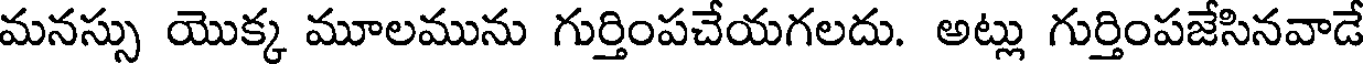
మనస్సు యొక్క మూలమును గుర్తింపచేయగలదు. అట్లు గుర్తింపజేసినవాడే